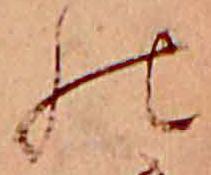
の